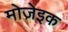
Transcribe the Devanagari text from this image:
मोजे़इक